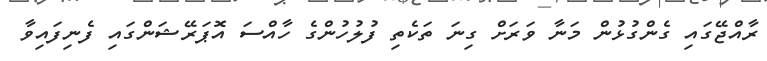
ރާއްޖޭގައި ގެންގުޅުން މަނާ ވަރަށް ގިނަ ތަކެތި ފުލުހުންގެ ހާއްސަ އޮޕަރޭޝަންގައި ފެނިފައިވާ